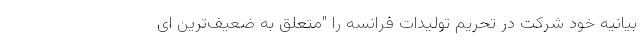
بیانیه خود شرکت در تحریم تولیدات فرانسه را "متعلق به ضعیف‌ترین ای